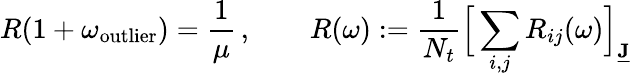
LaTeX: R(1+\omega_{\mathrm{outlier}})=\frac{1}{\mu}\, ,\qquad R(\omega):=\frac{1}{N_{t}}\Big[\sum_{i,j}R_{ij}(\omega)\Big]_{\underline{{\mathbf{J}}}}